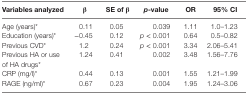
| Variables analyzed | β | SE of β | p-value | OR | 95% CI |
 | --- | --- | --- | --- | --- | --- |
 | Age (years)* | 0.11 | 0.05 | 0.039 | 1.11 | 1.0–1.23 |
 | Education (years)* | −0.45 | 0.12 | p < 0.001 | 0.64 | 0.5–0.82 |
 | Previous CVD* | 1.2 | 0.24 | p < 0.001 | 3.34 | 2.06–5.41 |
 | Previous HA or use of HA drugs* | 1.24 | 0.41 | 0.002 | 3.48 | 1.56–7.76 |
 | CRP (mg/l)* | 0.44 | 0.13 | 0.001 | 1.55 | 1.21–1.99 |
 | RAGE (ng/ml)* | 0.67 | 0.23 | 0.004 | 1.95 | 1.24–3.06 |